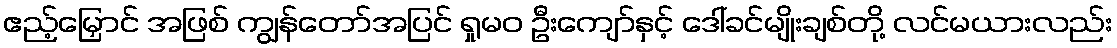
ဧည့်မြှောင် အဖြစ် ကျွန်တော်အပြင် ရှုမဝ ဦးကျော်နှင့် ဒေါ်ခင်မျိုးချစ်တို့ လင်မယားလည်း